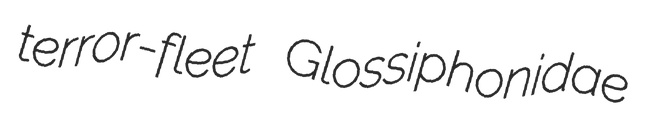
terror-fleet Glossiphonidae